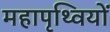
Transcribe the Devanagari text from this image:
महापृथ्वियों